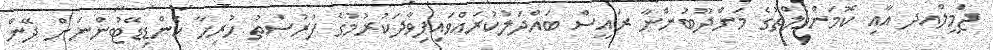
ޖަމީލްއދ އާއި ކޮމަންވެލްތުގެ މަންދޫބުންނާ ރައީސް ބައްދަލުކުރައްވައިފިވާދަކުރުމުގެ ފުރުސަތު ހުރިހާ ކެންޑިޑޭޓުންނަށް ދޭން